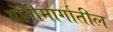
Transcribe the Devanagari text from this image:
योनीमार्गातील